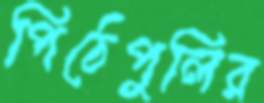
পিঠেপুলির